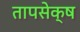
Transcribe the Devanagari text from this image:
तापसेक्ष